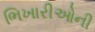
ભિખારીઓની